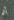
أتم